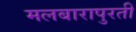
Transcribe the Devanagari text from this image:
मलबारापुरती